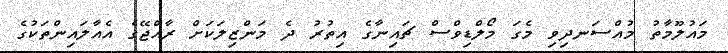
މައުލޫމާތު މުއްސަނދިވި މެގަ މޯލްޑިވްސް ޗައިނާގެ އިތުރު ދެ މަންޒިލަކަށް ރާއްޖޭގެ އެއާލައިންތަކުގެ